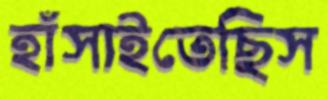
হাঁসাইতেছিস